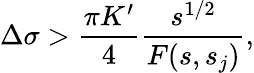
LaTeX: \Delta\sigma>\frac{\pi K^{\prime}}{4}\frac{s^{1/2}}{F(s,s_{j})},